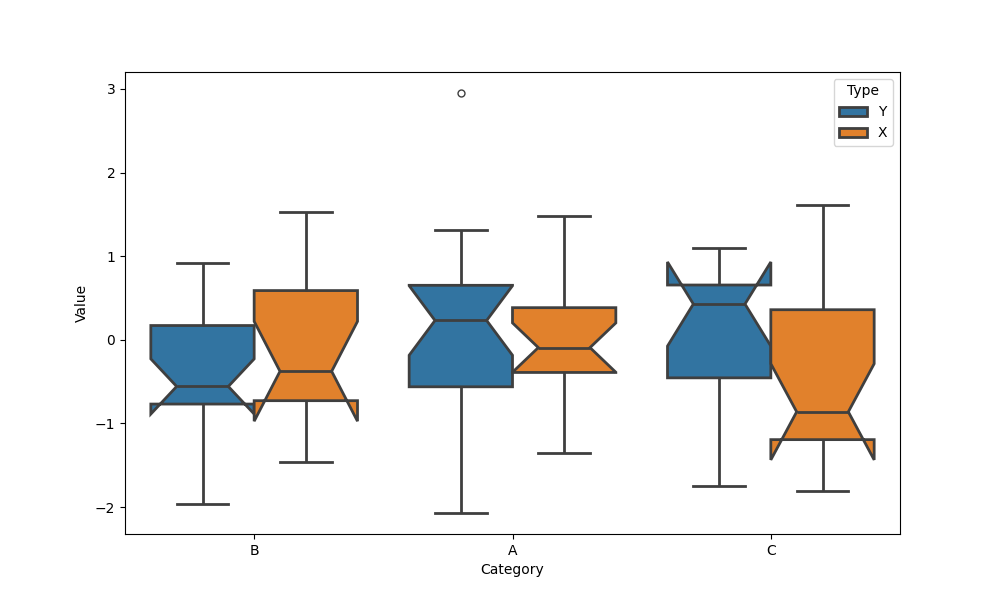
python, seaborn, boxplot, width=0.8, linewidth=2, fliersize=5, notch=True